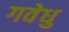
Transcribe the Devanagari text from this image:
गवेधु